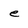
Character: e